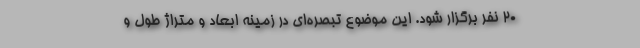
۲۰ نفر برگزار شود. این موضوع تبصره‌ای در زمینه ابعاد و متراژ طول و